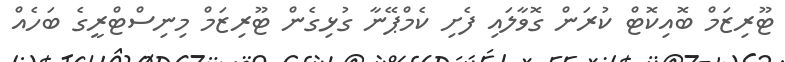
ޓޫރިޒަމް ބޮއިކޮޓް ކުރަން ގޮވާލައި ފެށި ކެމްޕޭނާ ގުޅިގެން ޓޫރިޒަމް މިނިސްޓްރީގެ ބަހެއް